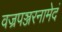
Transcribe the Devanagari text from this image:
वज्रपञ्जरनामेदं